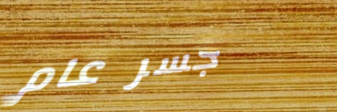
جسر عام